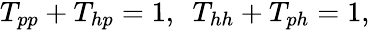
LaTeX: \begin{array}{r}{T_{pp}+T_{hp}=1,~~T_{hh}+T_{ph}=1,}\end{array}